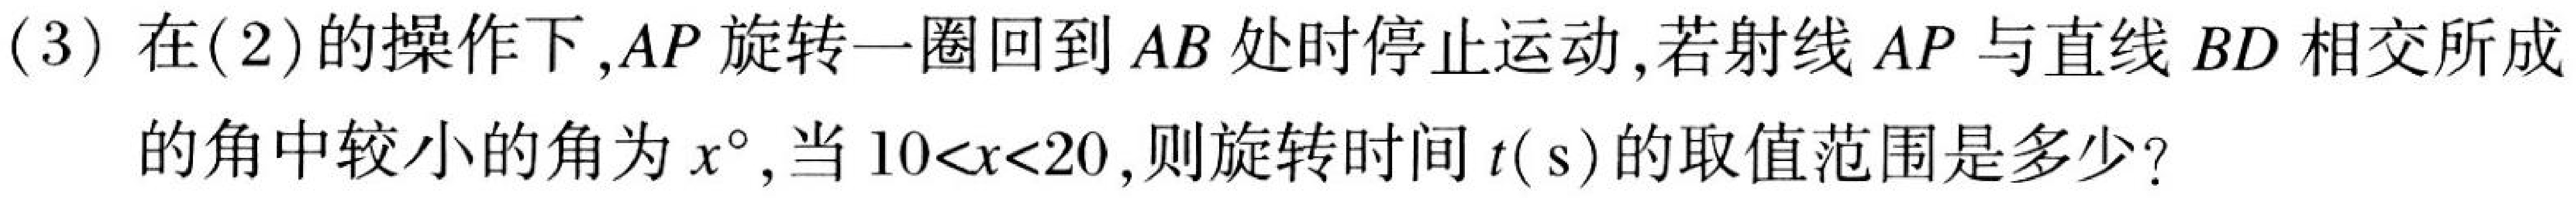
(3) 在(2)的操作下,$AP$ 旋转一圈回到 $AB$ 处时停止运动,若射线 $AP$ 与直线 $BD$ 相交所成的角中较小的角为 $x^{\circ}$, 当 $10<x<20$,则旋转时间 $t(\text{ s})$ 的取值范围是多少?